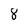
Character: 8